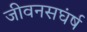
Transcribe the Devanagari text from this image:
जीवनसघंर्ष